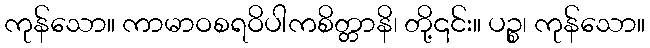
ကုန်သော။ ကာမာဝစရဝိပါကစိတ္တာနိ၊ တို့၎င်း။ ပဉ္စ၊ ကုန်သော။